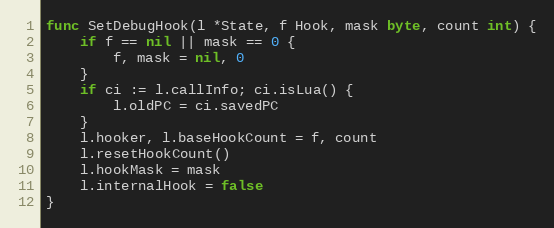
Language: Go
func SetDebugHook(l *State, f Hook, mask byte, count int) {
	if f == nil || mask == 0 {
		f, mask = nil, 0
	}
	if ci := l.callInfo; ci.isLua() {
		l.oldPC = ci.savedPC
	}
	l.hooker, l.baseHookCount = f, count
	l.resetHookCount()
	l.hookMask = mask
	l.internalHook = false
}